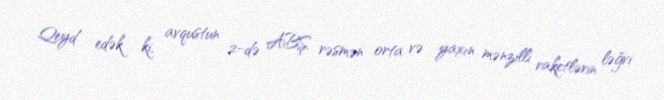
Qeyd edək ki, avqustun 2-də ABŞ rəsmən orta və yaxın mənzilli raketlərin ləğvi